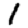
Digit: 1